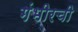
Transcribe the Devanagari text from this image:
गंभीरची